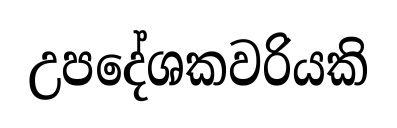
උපදේශකවරියකි